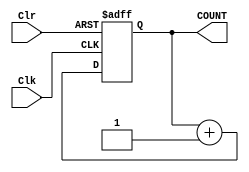
// COUNTER WITH CLR AND CLOCK
module counter_16bits(output reg [15:0] COUNT, input Clr, Clk);
	initial begin
		COUNT <= 16'b0000000000000000;
	end
	always @ (posedge Clk, negedge Clr)
		if (~Clr) COUNT <= 16'b0000000000000000;
		else COUNT <= COUNT + 16'b0000000000000001;
endmodule